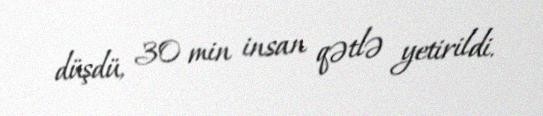
düşdü, 30 min insan qətlə yetirildi.